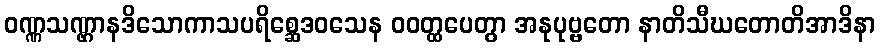
ဝဏ္ဏသဏ္ဌာနဒိသောကာသပရိစ္ဆေဒဝသေန ဝဝတ္ထပေတွာ အနုပုဗ္ဗတော နာတိသီဃတောတိအာဒိနာ